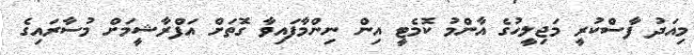
މިއަދު ފާސްކުރީ މަޖިލީހުގެ އާންމު ކޮމެޓީ އިން ނިންމާފައިވާ ގޮތަށް އަފްރާޝީމަށް މުސާރައިގެ